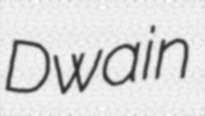
Dwain